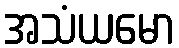
အသံယမော